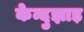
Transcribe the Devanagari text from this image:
केन्दुझाड़